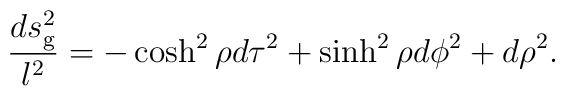
{ds^2_{\rm g} \over l^2} = - \cosh^2 \rho d\tau^2 + \sinh^2 \rho d\phi^2 + d\rho^2.